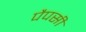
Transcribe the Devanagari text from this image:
पैपसी